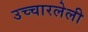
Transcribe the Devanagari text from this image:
उच्चारलेली